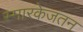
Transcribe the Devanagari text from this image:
स्मारकेजतन